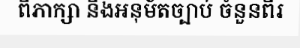
ពិភាក្សា និងអនុម័តច្បាប់ ចំនួនពីរ